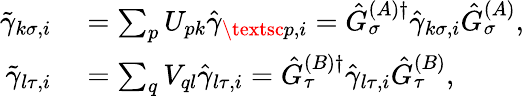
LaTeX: \begin{array}{rl}{\tilde{\gamma}_{k\sigma,i}}&{{}=\sum_{p}U_{pk}\hat{\gamma}_{\textsc{p},i}=\hat{G}_{\sigma}^{(A)\dagger}\hat{\gamma}_{k\sigma,i}\hat{G}_{\sigma}^{(A)},}\\ {\tilde{\gamma}_{l\tau,i}}&{{}=\sum_{q}V_{ql}\hat{\gamma}_{l\tau,i}=\hat{G}_{\tau}^{(B)\dagger}\hat{\gamma}_{l\tau,i}\hat{G}_{\tau}^{(B)},}\end{array}